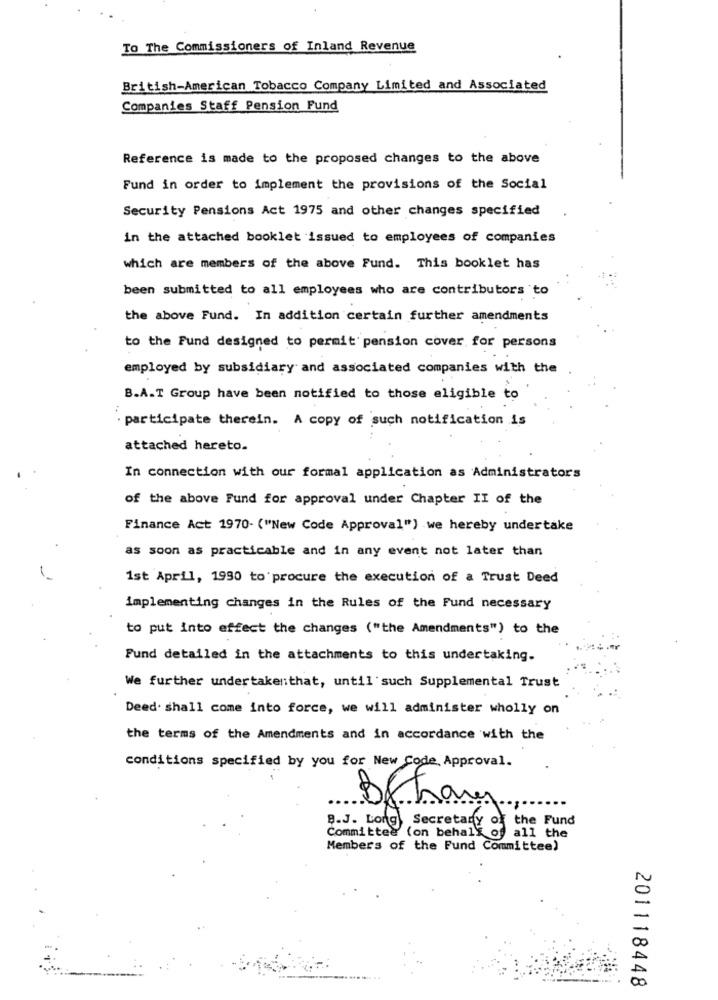
To The Commissioners of Inland Revenue
British-American Tobacco Company Limited and Associated
Companies Staff Pension Fund
Reference is made to the proposed changes to the above
Fund in order to implement the provisions of the Social
Security Pensions Act 1975 and other changes specified
in the attached booklet issued to employees of companies
which are members of the above Fund. This booklet has
been submitted to all employees who are contributors to
the above Fund. In addition certain further amendments
to the Fund designed to permit pension cover for persons
employed by subsidiary and associated companies with the
B.A.T Group have been notified to those eligible to
. participate therein. A copy of such notification is
attached hereto.
In connection with our formal application as Administrators
of the above Fund for approval under Chapter II of the
Finance Act 1970- ("New Code Approval") we hereby undertake
as soon as practicable and in any event not later than
1st April, 1990 to procure the execution of a Trust Deed
implementing changes in the Rules of the Fund necessary
to put into effect the changes ("the Amendments") to the
Fund detailed in the attachments to this undertaking.
We further undertakenthat, until such Supplemental Trust
Deed. shall come into force, we will administer wholly on
the terms of the Amendments and in accordance with the
conditions specified by you for New Code, Approval.
B.J. Long Secretary of the Fund
Committee (on behalf of all the
Members of the Fund Committee)
201118448